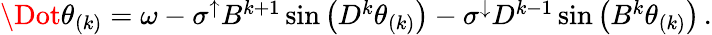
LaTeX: \begin{array}{r}{\Dot{\theta}_{(k)}=\omega-\sigma^{\uparrow}B^{k+1}\sin\left(D^{k}\theta_{(k)}\right)-\sigma^{\downarrow}D^{k-1}\sin\left(B^{k}\theta_{(k)}\right)\, .}\end{array}